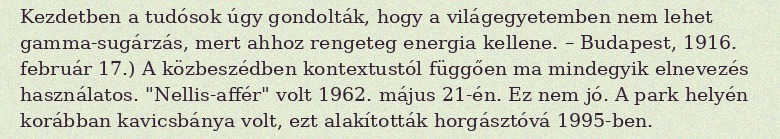
Kezdetben a tudósok úgy gondolták, hogy a világegyetemben nem lehet gamma-sugárzás, mert ahhoz rengeteg energia kellene. – Budapest, 1916. február 17.) A közbeszédben kontextustól függően ma mindegyik elnevezés használatos. "Nellis-affér" volt 1962. május 21-én. Ez nem jó. A park helyén korábban kavicsbánya volt, ezt alakították horgásztóvá 1995-ben.